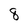
Character: 8